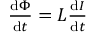
\begin{array} { r } { \frac { \mathrm { d } \Phi } { \mathrm { d } t } = L \frac { \mathrm { d } I } { \mathrm { d } t } } \end{array}